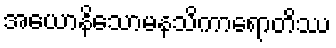
အယောနိသောမနသိကာရောတိဿ